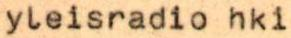
yleisradio hki